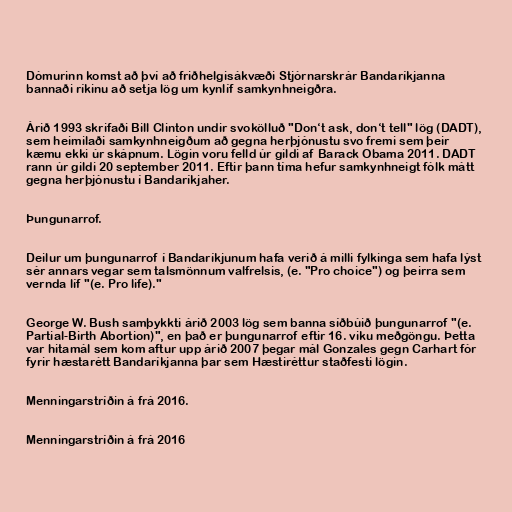
Dómurinn komst að því að friðhelgisákvæði Stjórnarskrár Bandaríkjanna
bannaði ríkinu að setja lög um kynlíf samkynhneigðra.

Árið 1993 skrifaði Bill Clinton undir svokölluð "Don‘t ask, don‘t tell" lög (DADT),
sem heimilaði samkynhneigðum að gegna herþjónustu svo fremi sem þeir
kæmu ekki úr skápnum. Lögin voru felld úr gildi af Barack Obama 2011. DADT
rann úr gildi 20 september 2011. Eftir þann tíma hefur samkynhneigt fólk mátt
gegna herþjónustu í Bandaríkjaher.

Þungunarrof.

Deilur um þungunarrof í Bandaríkjunum hafa verið á milli fylkinga sem hafa lýst
sér annars vegar sem talsmönnum valfrelsis, (e. "Pro choice") og þeirra sem
vernda líf "(e. Pro life)."

George W. Bush samþykkti árið 2003 lög sem banna síðbúið þungunarrof "(e.
Partial-Birth Abortion)", en það er þungunarrof eftir 16. viku meðgöngu. Þetta
var hitamál sem kom aftur upp árið 2007 þegar mál Gonzales gegn Carhart fór
fyrir hæstarétt Bandaríkjanna þar sem Hæstiréttur staðfesti lögin.

Menningarstríðin á frá 2016.

Menningarstríðin á frá 2016